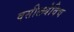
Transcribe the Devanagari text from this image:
वसीलयेविच